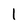
Character: 1